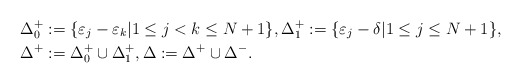
\begin{align*}\Delta_0^+ &:= \{ \varepsilon_j-\varepsilon_k | 1\leq j < k \leq N+1 \}, \Delta_1^+ := \{ \varepsilon_j-\delta | 1\leq j \leq N+1 \}, \\\Delta^+ &:= \Delta_0^+ \cup \Delta_1^+, \Delta:= \Delta^+\cup\Delta^-.\end{align*}